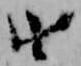
由